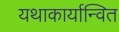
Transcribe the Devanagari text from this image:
यथाकार्यान्वित